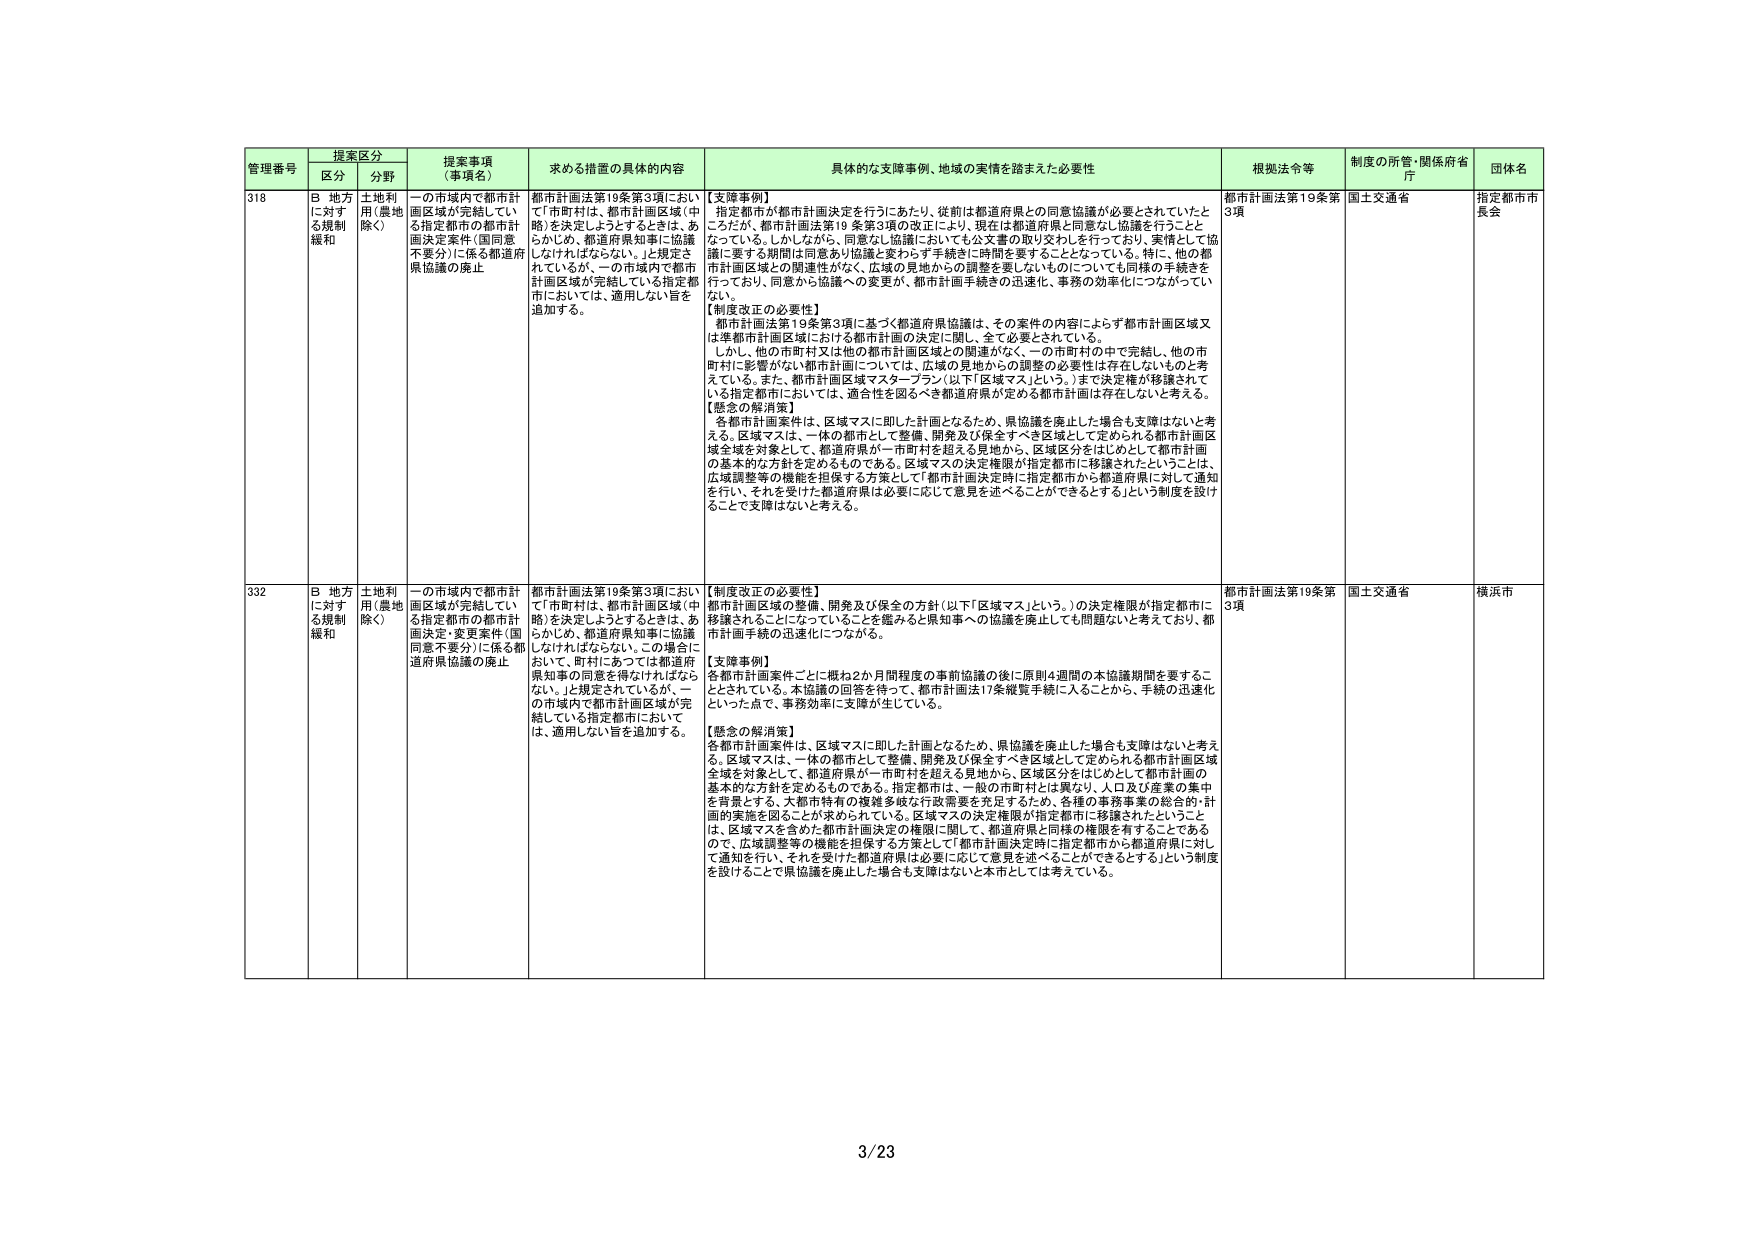
管理番号 提案区分 提案事項（事項名） 求める措置の具体的内容 具体的な支障事例、地域の実情を踏まえた必要性 根拠法令等 制度の所管・関係府省庁 団体名
区分 分野
318 B 地方に対する規制緩和 土地利用（農地除く） 一の市域内で都市計画区域が完結している指定都市の都市計画決定案件（都同意不要分）に係る都道府県協議の廃止 都市計画法第19条第3項において「市町村は、都市計画区域（中略）を決定しようとするときは、あらかじめ、都道府県知事に協議しなければならない。」と規定されているが、一の市域内で都市計画区域が完結している指定都市においては、適用しない旨を追加する。 【支障事例】 指定都市が都市計画決定を行うにあたり、従前は都道府県との同意協議が必要とされていたところだが、都市計画法第19条第3項の改正により、現在は都道府県と同意なし協議を行うこととなっている。しかしながら、同意なし協議においても公文書の取り交わしを行っており、実情として協議に要する期間は同意ありと同様にわざわざ手続きに時間を要することとなっている。特に、他の都市計画区域との関連性がなく、広域の見地からの調整を要しないものについても同様の手続きを行っており、同意から協議への変更が、都市計画手続きの迅速化、事務の効率化につながっていない。 【制度改正の必要性】 都市計画法第19条第3項に基づく都道府県協議は、その案件の内容によらず都市計画区域又は準都市計画区域における都市計画の決定に関し、全て必要とされている。 しかし、他の市町村又は他の都市計画区域との関連がなく、一の市町村の中で完結し、他の市町村に影響がない都市計画については、広域の見地からの調整の必要性は存在しないものと考えている。また、都市計画区域マスタープラン（以下「区域マス」という。）まで決定権が移譲されている指定都市においては、適合性を図るべき都道府県が定める都市計画は存在しないと考える。 【懸念の解消策】 各都市計画案件は、区域マスに即した計画となるため、県協議を廃止した場合も支障はないと考える。区域マスは、一体の都市として整備、開発及び保全すべき区域として定められる都市計画区域全体を対象として、都道府県が一市町村を超える見地から、区域区分をはじめとして都市計画の基本的な方針を定めるものである。区域マスの決定権限が指定都市に移譲されたということは、広域調整等の機能を担保する方策として「都市計画決定時に指定都市から都道府県に対して通知を行い、それを受けた都道府県は必要に応じて意見を述べることができるとする」という制度を設けることで支障はないと考える。 都市計画法第19条第3項 国土交通省 指定都市市長会
332 B 地方に対する規制緩和 土地利用（農地除く） 一の市域内で都市計画区域が完結している指定都市の都市計画決定・変更案件（都同意不要分）に係る都道府県協議の廃止 都市計画法第19条第3項において「市町村は、都市計画区域（中略）を決定しようとするときは、あらかじめ、都道府県知事に協議しなければならない。この場合において、町村にあっては都道府県知事の同意を得なければならない。」と規定されているが、一の市域内で都市計画区域が完結している指定都市においては、適用しない旨を追加する。 【制度改正の必要性】 都市計画区域の整備、開発及び保全の方針（以下「区域マス」という。）の決定権限が指定都市に移譲されることになっていることを鑑みると県知事への協議を廃止しても問題ないと考えており、都市計画手続の迅速化につながる。 【支障事例】 各都市計画案件ごとに概ね2か月間程度の事前協議の後に原則4週間の本協議期間を要することとされている。本協議の回答を持って、都市計画法17条縦覧手続に入るところから、手続の迅速化といった点で、事務効率に支障が生じている。 【懸念の解消策】 各都市計画案件は、区域マスに即した計画となるため、県協議を廃止した場合も支障はないと考える。区域マスは、一体の都市として整備、開発及び保全すべき区域として定められる都市計画区域全体を対象として、都道府県が一市町村を超える見地から、区域区分をはじめとして都市計画の基本的な方針を定めるものである。指定都市は、一般の市町村とは異なり、人口及び産業の集中を背景とする、大都市特有の複雑多岐な行政需要を充足するため、各種の事務事業の総合的・計画的実施を図ることが求められている。区域マスの決定権限が指定都市に移譲されたということは、区域マスを含めた都市計画決定の権限に関して、都道府県と同様の権限を有することであるので、広域調整等の機能を担保する方策として「都市計画決定時に指定都市から都道府県に対して通知を行い、それを受けた都道府県は必要に応じて意見を述べることができるとする」という制度を設けることで県協議を廃止した場合も支障はないと本市としては考えている。 都市計画法第19条第3項 国土交通省 横浜市
3/23